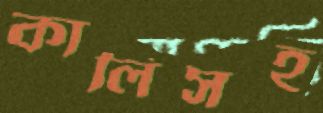
কালিসহ